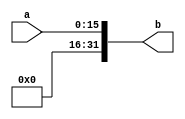
`timescale 1ns / 1ps
//////////////////////////////////////////////////////////////////////////////////
// Company: 
// Engineer: 
// 
// Design Name: 
// Module Name:    zero_extend 
// Project Name: 
// Target Devices: 
// Tool versions: 
// Description: 
//
// Dependencies: 
//
// Revision: 
// Revision 0.01 - File Created
// Additional Comments: 
//
//////////////////////////////////////////////////////////////////////////////////
module zero_extend(
    input [15:0] a,
    output reg [31:0] b
    );
	always @(a)
	begin:LABEL
		begin 
			b[31:0] = 32'h00000000;
			b[15:0] = a[15:0];
		end
	end

endmodule